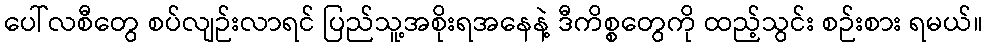
ပေါ်လစီတွေ စပ်လျဉ်းလာရင် ပြည်သူ့အစိုးရအနေနဲ့ ဒီကိစ္စတွေကို ထည့်သွင်း စဉ်းစား ရမယ်။